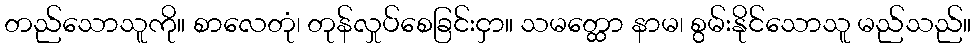
တည်သောသူကို။ စာလေတုံ၊ တုန်လှုပ်စေခြင်းငှာ။ သမတ္ထော နာမ၊ စွမ်းနိုင်သောသူ မည်သည်။